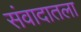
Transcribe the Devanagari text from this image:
संवादातला